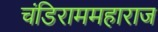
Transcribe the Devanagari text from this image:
चंडिराममहाराज